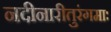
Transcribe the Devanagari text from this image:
नदीनारीतुरंगमाः